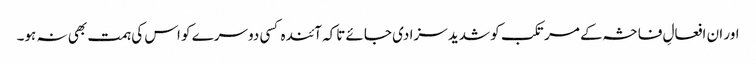
اور ان افعالِ فاحشہ کے مرتکب کو شدید سزا دی جائے تاکہ آئندہ کسی دوسرے کو اس کی ہمت بھی نہ ہو۔